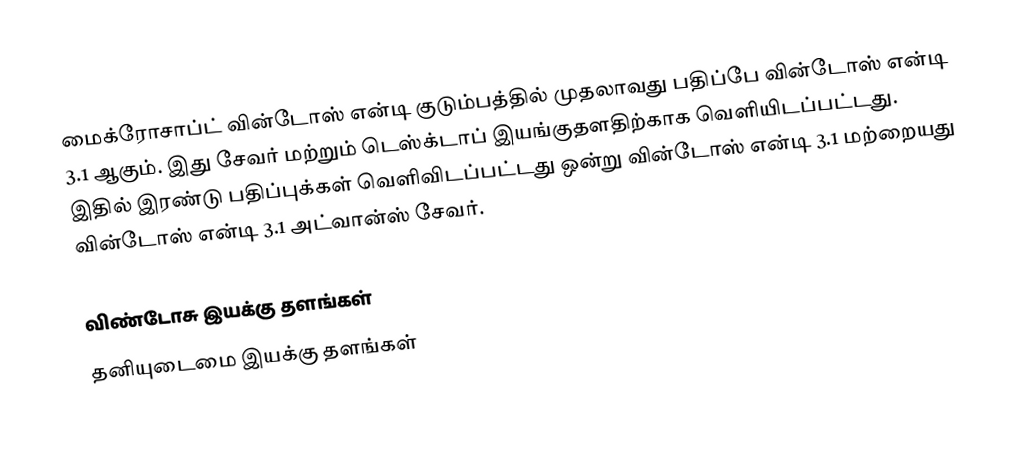
மைக்ரோசாப்ட் வின்டோஸ் என்டி குடும்பத்தில் முதலாவது பதிப்பே வின்டோஸ் என்டி 3.1 ஆகும். இது சேவர் மற்றும் டெஸ்க்டாப் இயங்குதளதிற்காக வெளியிடப்பட்டது. இதில் இரண்டு பதிப்புக்கள் வெளிவிடப்பட்டது ஒன்று வின்டோஸ் என்டி 3.1 மற்றையது வின்டோஸ் என்டி 3.1 அட்வான்ஸ் சேவர்.

விண்டோசு இயக்கு தளங்கள்
தனியுடைமை இயக்கு தளங்கள்